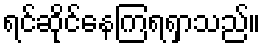
ရင်ဆိုင်နေကြရရှာသည်။